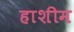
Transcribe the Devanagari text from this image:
हाशीम